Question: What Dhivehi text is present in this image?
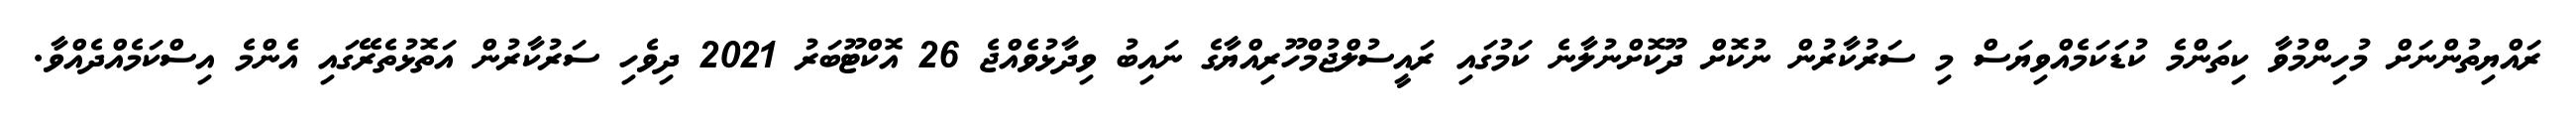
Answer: ރައްޔިތުންނަށް މުހިންމުވާ ކިތަންމެ ކުޑަކަމެއްވިޔަސް މި ސަރުކާރުން ނުކޮށް ދޫކޮށްނުލާނެ ކަމުގައި ރައީސުލްޖުމްހޫރިއްޔާގެ ނައިބު ވިދާޅުވެއްޖެ 26 އޮކްޓޫބަރު 2021 ދިވެހި ސަރުކާރުން އަތޮޅުތެރޭގައި އެންމެ އިސްކަމެއްދެއްވާ.